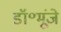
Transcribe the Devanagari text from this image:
डॉ॰मूंजे